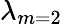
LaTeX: \lambda_{m=2}